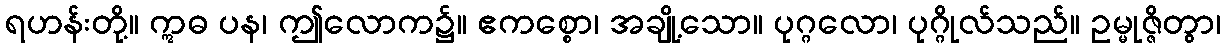
ရဟန်းတို့။ ဣဓ ပန၊ ဤလောက၌။ ဧကစ္စော၊ အချို့သော။ ပုဂ္ဂလော၊ ပုဂ္ဂိုလ်သည်။ ဥမ္မုဇ္ဇိတွာ၊